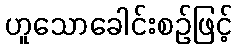
ဟူသောခေါင်းစဉ်ဖြင့်